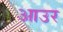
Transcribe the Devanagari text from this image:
आउर